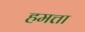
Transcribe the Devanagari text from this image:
हमत्ता